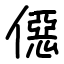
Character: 僫